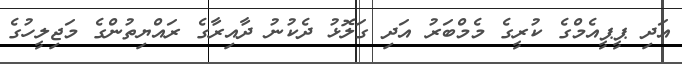
އަދި ޕީޕީއެމްގެ ކުރީގެ މެމްބަރު އަދި ގަލޮޅު ދެކުނު ދާއިރާގެ ރައްޔިތުންގެ މަޖިލީހުގެ